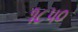
૧૮પ૦